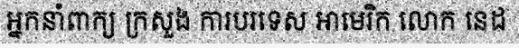
អ្នកនាំពាក្យ ក្រសួង ការបរទេស អាមេរិក លោក នេដ